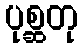
ပုစ္ဆတု